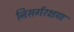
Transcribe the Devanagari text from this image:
निसर्गरक्षण